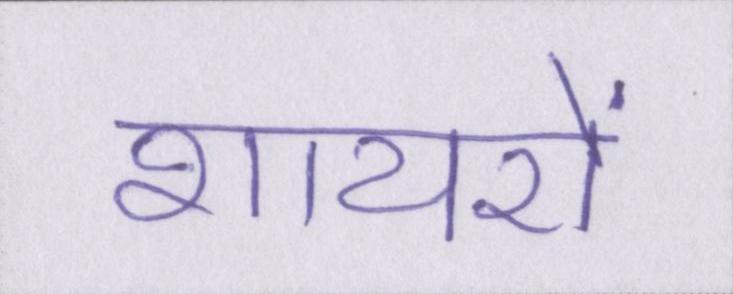
शायरों